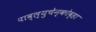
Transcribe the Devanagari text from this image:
पाव्ल्युचेन्कोव्हा